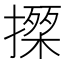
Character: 𢵍